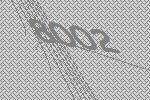
8002